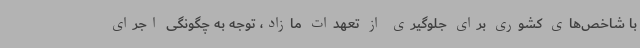
با شاخص‌های کشوری برای جلوگیری از تعهدات مازاد، توجه به چگونگی اجرای